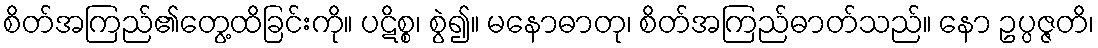
စိတ်အကြည်၏တွေ့ထိခြင်းကို။ ပဋိစ္စ၊ စွဲ၍။ မနောဓာတု၊ စိတ်အကြည်ဓာတ်သည်။ နော ဥပ္ပဇ္ဇတိ၊